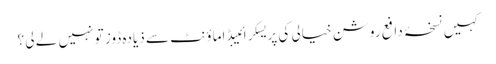
کہیں نسخۂ دافع روشن خیالی کی پریسکرائیبڈ اماؤنٹ سے ذیادہ ڈوز تو نہیں لے لی ؟